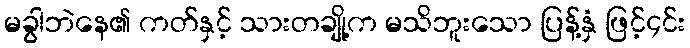
မခွါဘဲနေ၏ ကတ်နှင့် သားတချို့က မသိဘူးသော ပြန့်နှံ ဖြင့်၄င်း